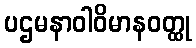
ပဌမနာဝါဝိမာနဝတ္ထု